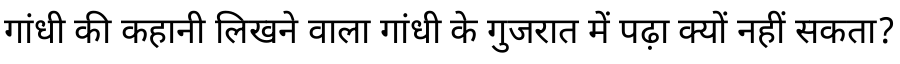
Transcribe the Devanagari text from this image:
गांधी की कहानी लिखने वाला गांधी के गुजरात में पढ़ा क्यों नहीं सकता?